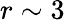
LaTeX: r\sim 3